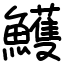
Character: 鱯